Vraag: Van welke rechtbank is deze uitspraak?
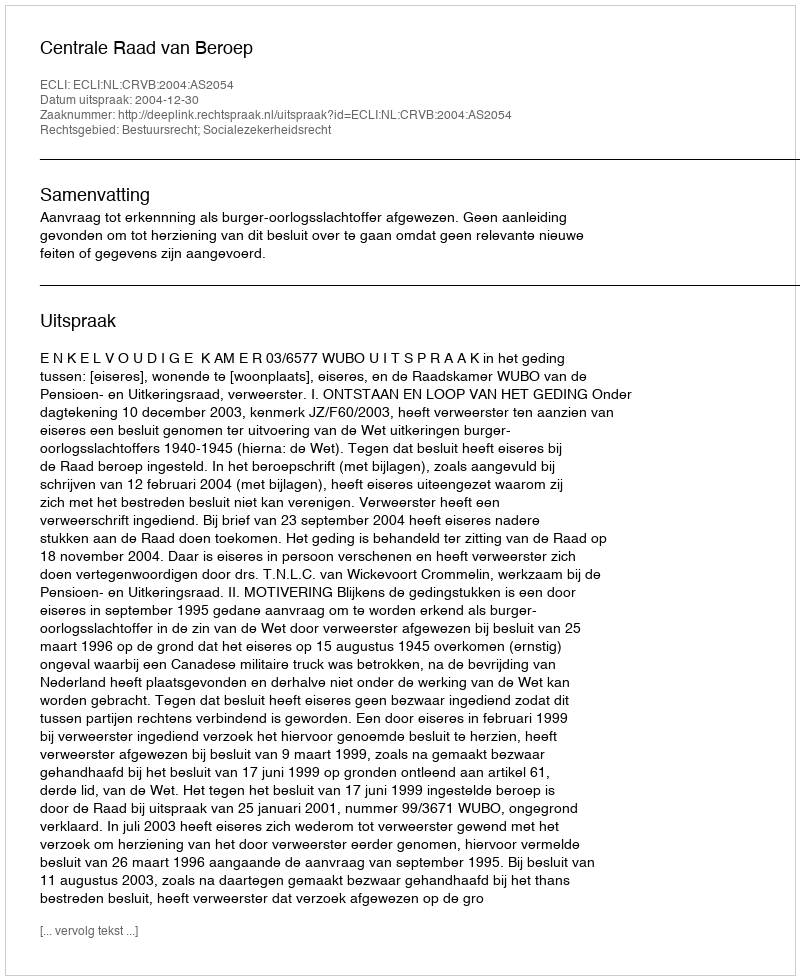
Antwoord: Centrale Raad van Beroep